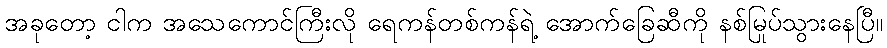
အခုတော့ ငါက အသေကောင်ကြီးလို ရေကန်တစ်ကန်ရဲ့ အောက်ခြေဆီကို နစ်မြုပ်သွားနေပြီ။